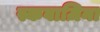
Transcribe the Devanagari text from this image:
स्कवाज़िना